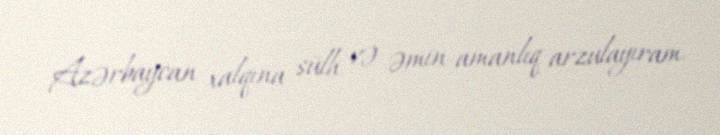
Azərbaycan xalqına sülh və əmin-amanlıq arzulayıram.